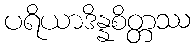
ပရိယာဒိန္နစိတ္တဿ